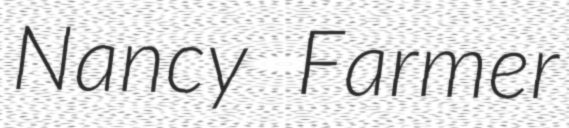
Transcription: Nancy Farmer